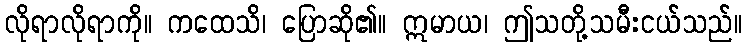
လိုရာလိုရာကို။ ကထေသိ၊ ပြောဆို၏။ ဣမာယ၊ ဤသတို့သမီးငယ်သည်။